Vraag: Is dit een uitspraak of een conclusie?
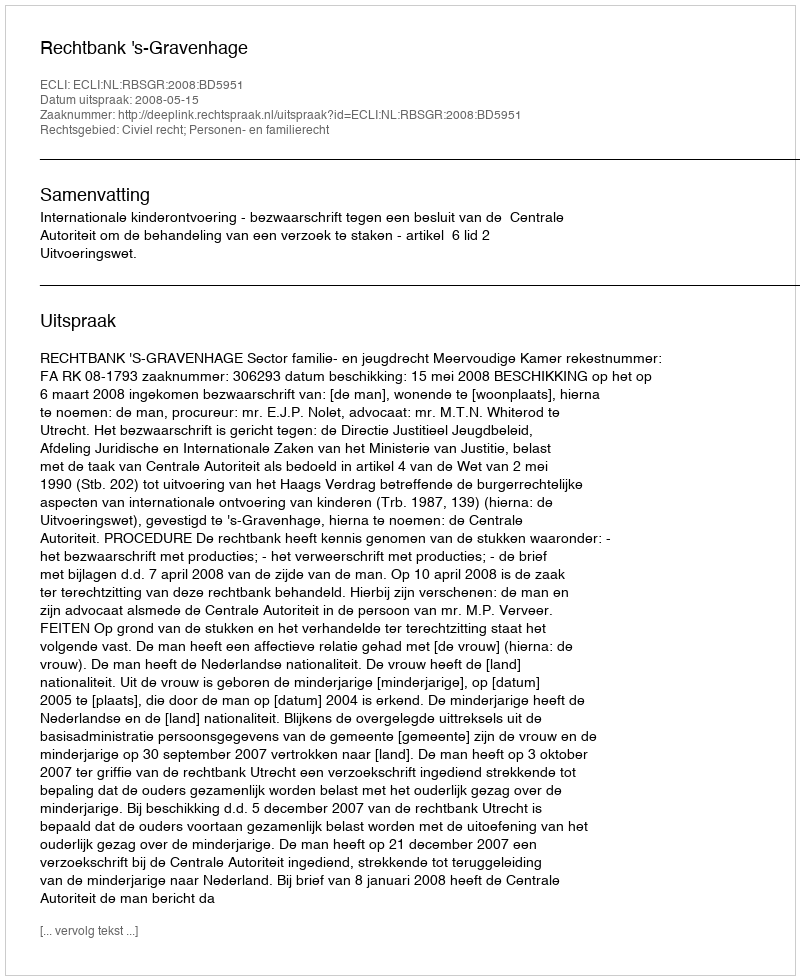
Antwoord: Uitspraak